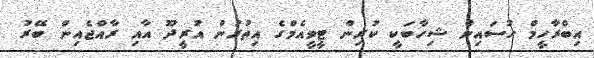
އިބްރާހީމް ހުސައިން ޝިހާބަކީ ކުރިން ޓީވީއެމްގެ އިތުރުން އުރީދޫ އާއި ރާއްޖެއިން ބޭރު